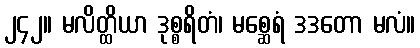
၂၄၂။ မလိတ္ထိယာ ဒုစ္စရိတံ၊ မစ္ဆေရံ ဒဒတော မလံ။